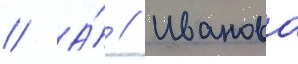
// А́ // Иванова